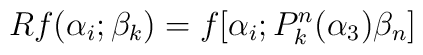
Rf(\alpha_i;\beta_k)=f[\alpha_i;P_k^n(\alpha_3)\beta_n]